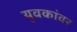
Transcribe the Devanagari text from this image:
युवकांवर